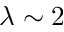
\lambda \sim 2